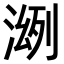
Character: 𣸠